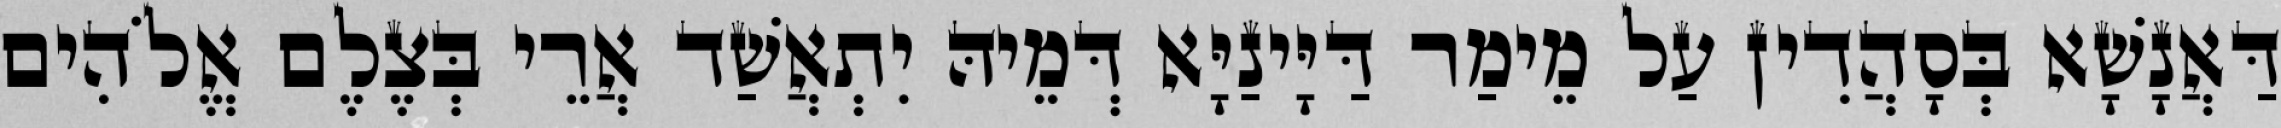
דַּאֲנָשָׁא בְּסָהֲדִין עַל מֵימַר דַּיָּינַיָּא דְּמֵיהּ יִתְאֲשַׁד אֲרֵי בְּצֶלֶם אֱלֹהִים